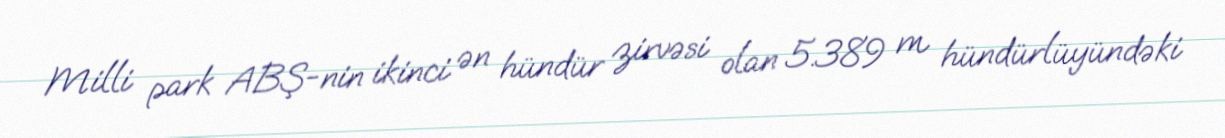
Milli park ABŞ-nin ikinci ən hündür zirvəsi olan 5.389 m hündürlüyündəki